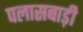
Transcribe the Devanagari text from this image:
पलासबाड़ी